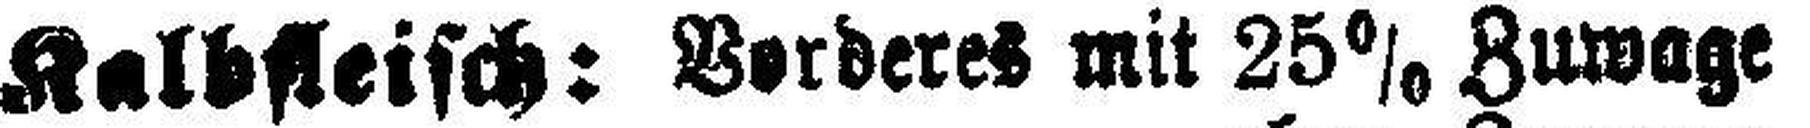
Kalbfleisch: Vorderer mit 25% Zuwage